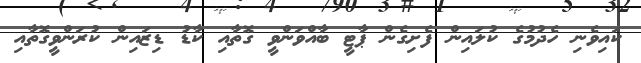
ކައިވެނި ހެދުމުގެ ކުލައިން ފެށިގެން ޕާޓީ ބާއްވަންވީ ގޮތާއި ކާޑު ޑިޒައިން ކުރަންވީގޮތާއި